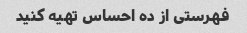
فهرستی از ده احساس تهیه کنید